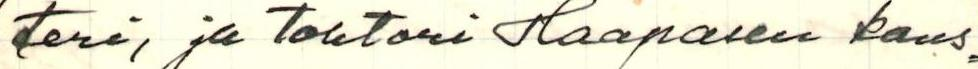
teri, ja Tohtori Haapasen kans=